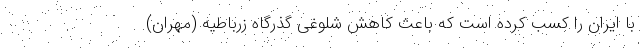
با ایران را کسب کرده است که باعث کاهش شلوغی گذرگاه زرباطیه (مهران)